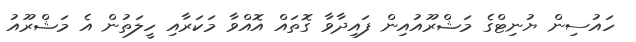
ހައުސިން ޔުނިޓްގެ މަޝްރޫއުއިން ފައިދާވާ ގޮތައް އޮއްވާ މަކަރާއި ހީލަތުން އެ މަޝްރޫއު